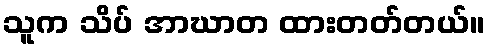
သူက သိပ် အာဃာတ ထားတတ်တယ်။